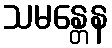
သမန္တေန